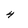
Character: 4